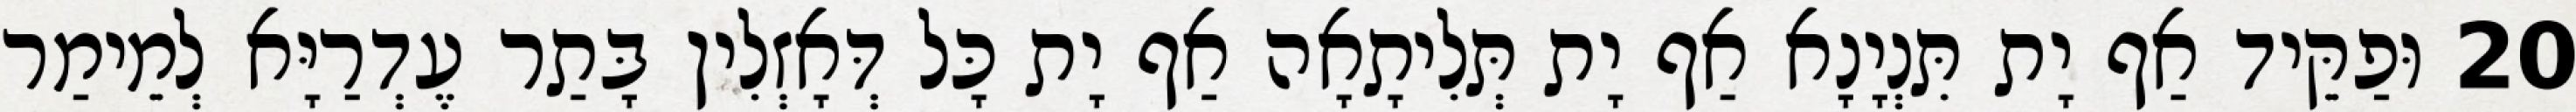
20 וּפַקֵּיד אַף יָת תִּנְיָנָא אַף יָת תְּלִיתָאָה אַף יָת כָּל דְּאָזְלִין בָּתַר עֶדְרַיָּא לְמֵימַר